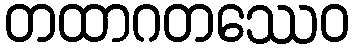
တထာဂတဿေဝ